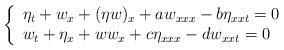
LaTeX: \begin{align*}\left\{\begin{array}[c]{l}\eta_{t}+w_{x}+( \eta w) _{x}+aw_{xxx}-b\eta_{xxt}=0\\w_{t}+\eta_{x}+ww_{x}+c\eta_{xxx}-dw_{xxt}=0\end{array}\right. \end{align*}